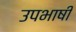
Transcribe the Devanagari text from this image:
उपभाषी